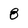
Character: 8